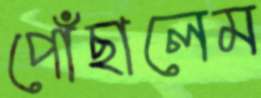
পোঁছালেম